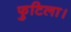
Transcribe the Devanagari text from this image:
फुटिला।